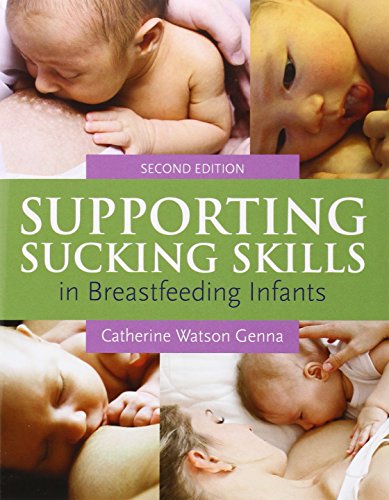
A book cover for Supporting Sucking Skills In Breastfeeding Infants; Catherine Watson Genna; Medical Books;